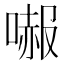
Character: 𠼶